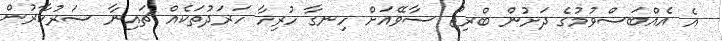
އެ އެއްބަސްވުމުގެ ދަށުން ބްރިޖް ސާވޭއަށް ހިނގާ ހުރިހާ ހަރަދުތަކެއް ޗައިނާ ސަރުކާރުން